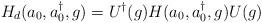
LaTeX: \begin{align*}H_{d}(a_0,a^{\dag }_0,g)=U^{\dag}(g)H(a_0,a^{\dag }_0,g)U(g)\end{align*}